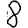
Digit: 8